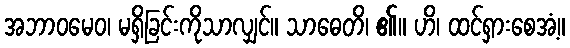
အဘာဝမေဝ၊ မရှိခြင်းကိုသာလျှင်။ သာဓေတိ၊ ၏။ ဟိ၊ ထင်ရှားစေအံ့။